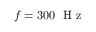
f = 3 0 0 ~ \mathrm { ~ H ~ z ~ }